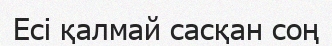
Есі қалмай сасқан соң